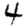
Digit: 4